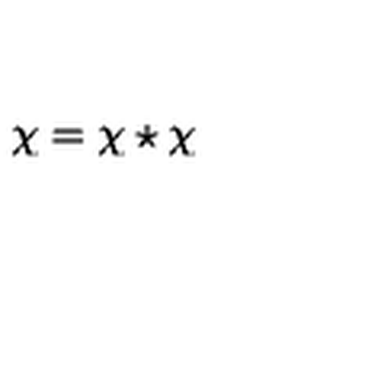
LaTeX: \chi = \chi \star \chi